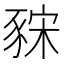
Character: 𧱍